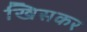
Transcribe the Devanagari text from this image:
खिसकर